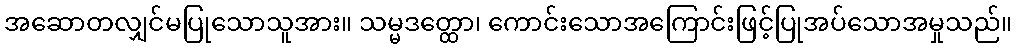
အဆောတလျှင်မပြုသောသူအား။ သမ္မဒတ္ထော၊ ကောင်းသောအကြောင်းဖြင့်ပြုအပ်သောအမှုသည်။